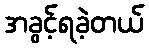
အခွင့်ရခဲ့တယ်